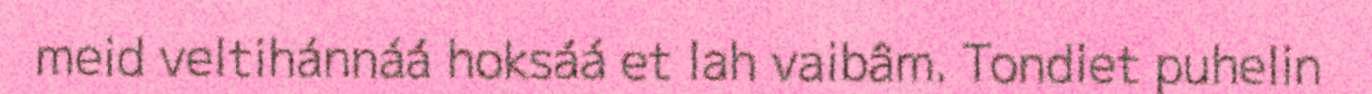
meid veltihánnáá hoksáá et lah vaibâm. Tondiet puhelin